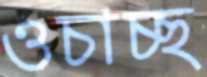
ওচাচ্ছ